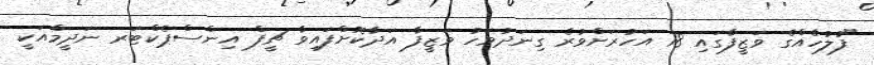
"ފުލުހެއްގެ ވަޒީފާގައި 18 އަހުރަށްވުރެ ގިނަދުވަހު ވަޒީފާ އަދާކޮށްފައިވާ ޗީފް އިންސްޕެކްޓަރ ނަދީމްއަކީ